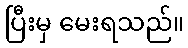
ပြီးမှ မေးရသည်။